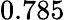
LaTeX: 0.785